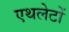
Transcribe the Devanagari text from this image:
एथलेटों